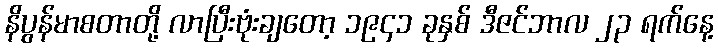
နိပွန်မာစတာတို့ လာပြီးဗုံးချတော့ ၁၉၄၁ ခုနှစ် ဒီဇင်ဘာလ ၂၃ ရက်နေ့